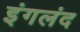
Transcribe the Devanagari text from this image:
इंगलंद